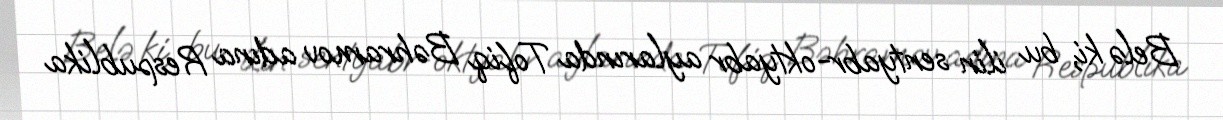
Belə ki, bu ilin sentyabr-oktyabr aylarında Tofiq Bəhramov adına Respublika